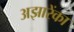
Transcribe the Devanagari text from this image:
अझारेंका